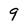
Character: 9